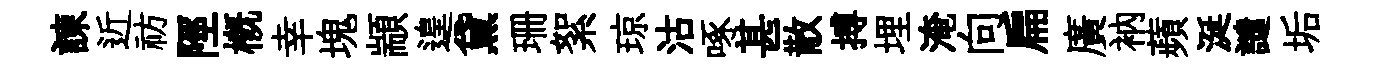
諫近祊陘概幸塊顓遑黛珊絮琼沽啄甚散搏埋淹向扁廣衲蘋涎譴垢